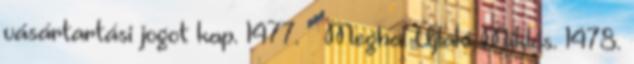
vásártartási jogot kap. 1477. – Meghal Újlaki Miklós. 1478.